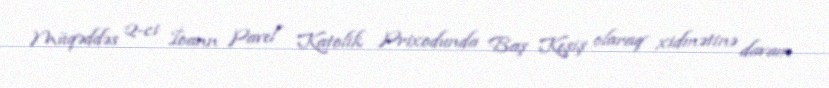
Müqəddəs 2-ci İoann Pavel Katolik Prixodunda Baş Keşiş olaraq xidmətinə davam